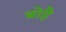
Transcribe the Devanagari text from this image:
बोहै